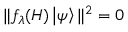
\| f _ { \lambda } ( H ) \left| \psi \right\rangle \| ^ { 2 } = 0